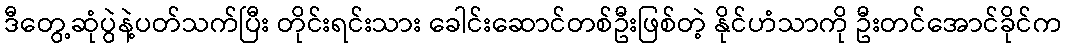
ဒီတွေ့ဆုံပွဲနဲ့ပတ်သက်ပြီး တိုင်းရင်းသား ခေါင်းဆောင်တစ်ဦးဖြစ်တဲ့ နိုင်ဟံသာကို ဦးတင်အောင်ခိုင်က